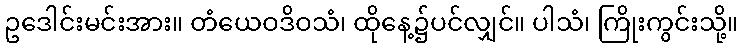
ဥဒေါင်းမင်းအား။ တံယေဝဒိဝသံ၊ ထိုနေ့၌ပင်လျှင်။ ပါသံ၊ ကြိုးကွင်းသို့။